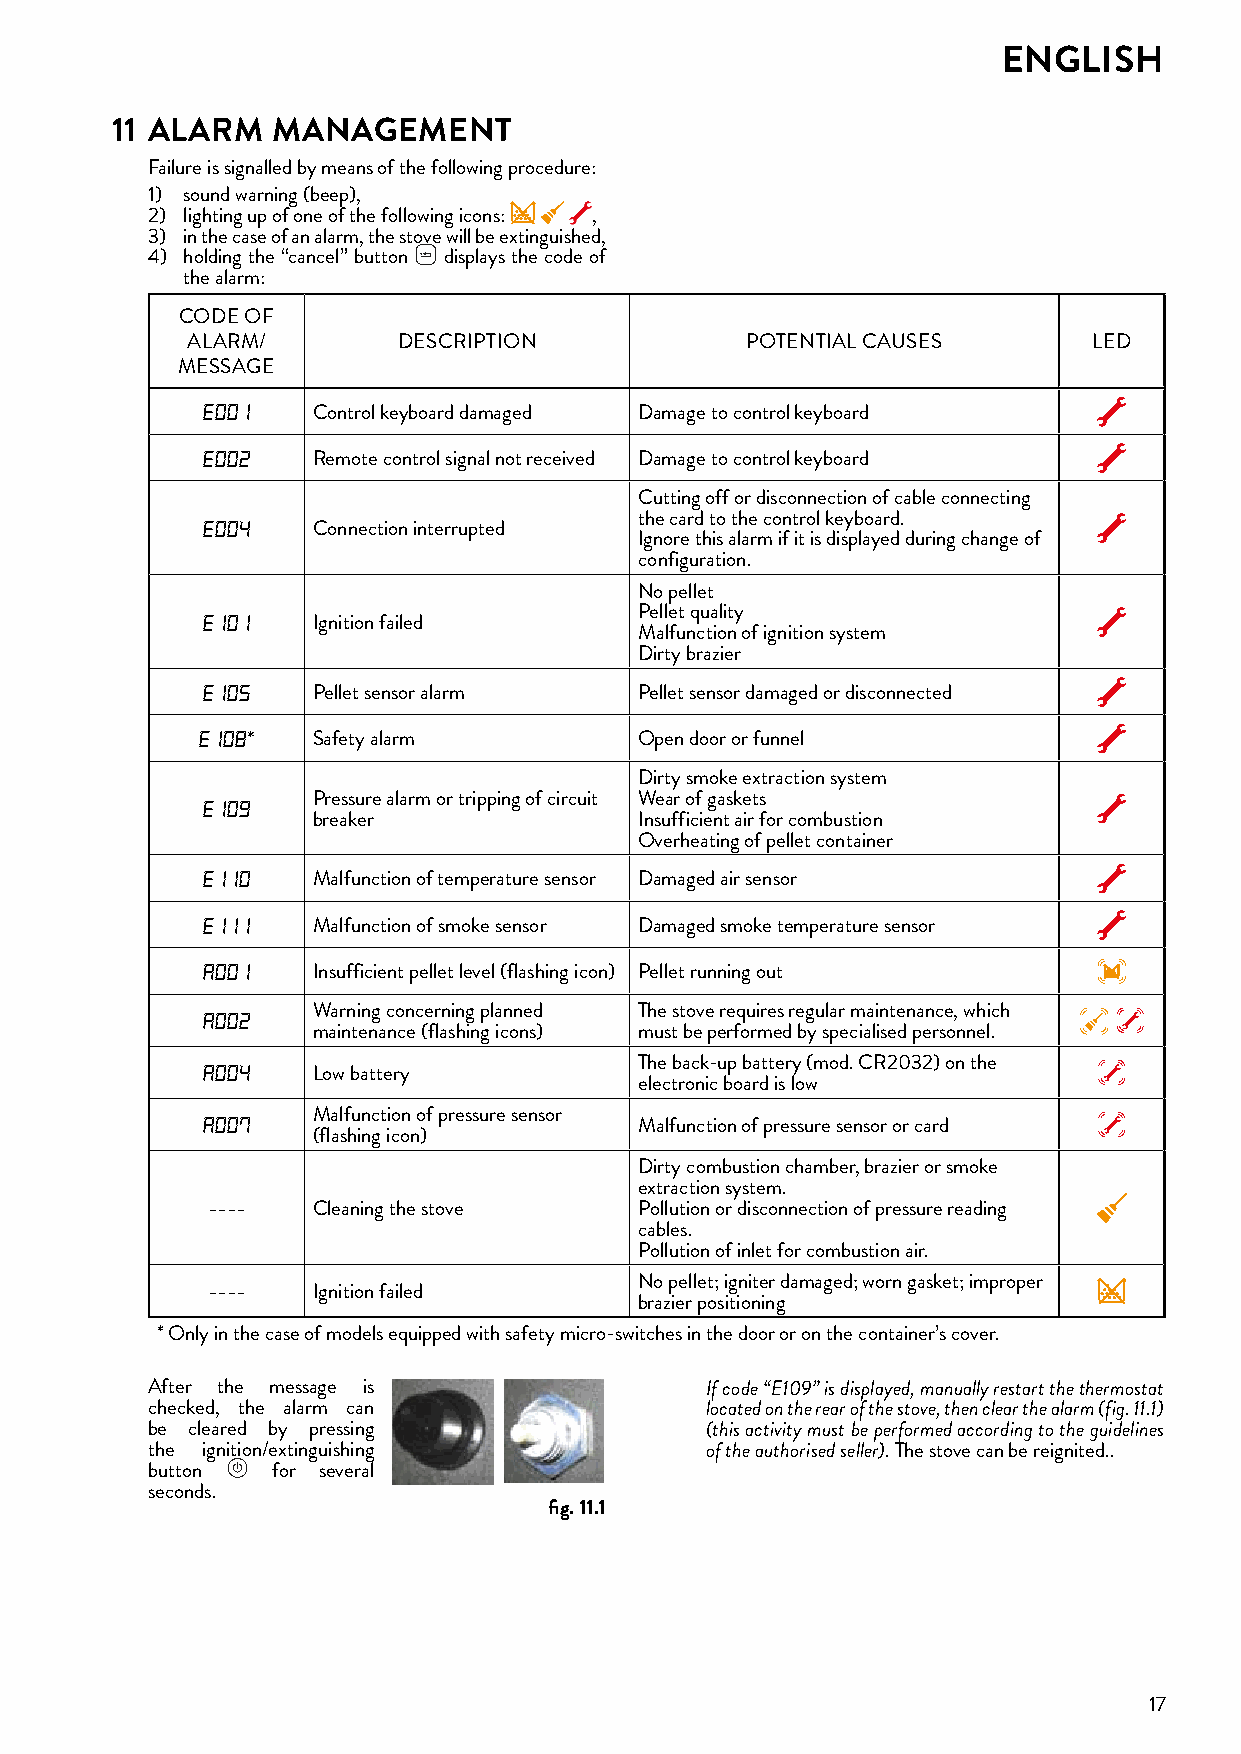
ENGLISH
 11 ALARM   MANAGEMENT
 Failure is signalled by means of the following procedure:
 1) sound warning (beep),
 2) lighting up of one of the following icons: ,
 3) in the case of an alarm, the stove will be extinguished,
 4) holding the “cancel” button displays the code of
 the alarm:
 CODE OF
 ALARM/        DESCRIPTION            POTENTIAL CAUSES       LED
 MESSAGE
 E001
 Control keyboard damaged Damage to control keyboard
 E002
 Remote control signal not received Damage to control keyboard
 Cutting off or disconnection of cable connecting
 E004                         the card to the control keyboard.
 Connection interrupted
 Ignore this alarm if it is displayed during change of
 configuration.
 No pellet
 E101                         Pellet quality
 Ignition failed
 Malfunction of ignition system
 Dirty brazier
 E105
 Pellet sensor alarm  Pellet sensor damaged or disconnected
 E108
 *    Safety alarm         Open door or funnel
 Dirty smoke extraction system
 E109    Pressure alarm or tripping of circuit Wear of gaskets
 breaker              Insufficient air for combustion
 Overheating of pellet container
 E110
 Malfunction of temperature sensor Damaged air sensor
 E111
 Malfunction of smoke sensor Damaged smoke temperature sensor
 A001
 Insufficient pellet level (flashing icon) Pellet running out
 A002    Warning concerning planned The stove requires regular maintenance, which
 maintenance (flashing icons) must be performed by specialised personnel.
 A004                         The back-up battery (mod. CR2032) on the
 Low battery
 electronic board is low
 A007    Malfunction of pressure sensor
 Malfunction of pressure sensor or card
 (flashing icon)
 Dirty combustion chamber, brazier or smoke
 extraction system.
 ----   Cleaning the stove   Pollution or disconnection of pressure reading
 cables.
 Pollution of inlet for combustion air.
 No pellet; igniter damaged; worn gasket; improper
 ----   Ignition failed
 brazier positioning
 * Only in the case of models equipped with safety micro-switches in the door or on the container’s cover.
 After the message is                 If code “E109” is displayed, manually restart the thermostat
 checked, the alarm can               located on the rear of the stove, then clear the alarm (fig. 11.1)
 be cleared by pressing               (this activity must be performed according to the guidelines
 the ignition/extinguishing           of the authorised seller). The stove can be reignited..
 button  for several
 seconds.
 fig� 11�1
 17